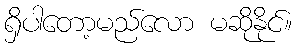
ရှိပါတော့မည်လော မဆိုနိုင်။